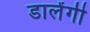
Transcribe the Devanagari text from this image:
डालेंगी